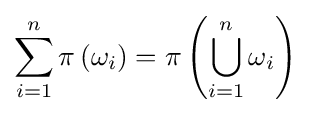
\sum _{i=1}^{n}\pi \left(\omega _{i}\right)=\pi \left(\bigcup _{i=1}^{n}\omega _{i}\right)